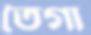
তৈগা